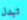
تبدل